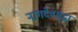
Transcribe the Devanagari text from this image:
नागदेवसुद्धा